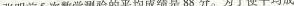
张明前5次数学测验的平均成绩是88分。为了使平均成